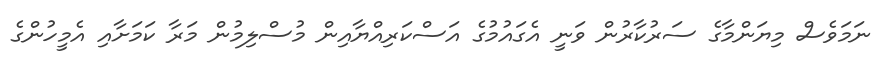
ނަމަވެސް މިޔަންމާގެ ސަރުކާރުން ވަނީ އެގައުމުގެ އަސްކަރިއްޔާއިން މުސްލިމުން މަރާ ކަމަށާއި އެމީހުންގެ